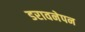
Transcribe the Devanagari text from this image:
डरावनेपन